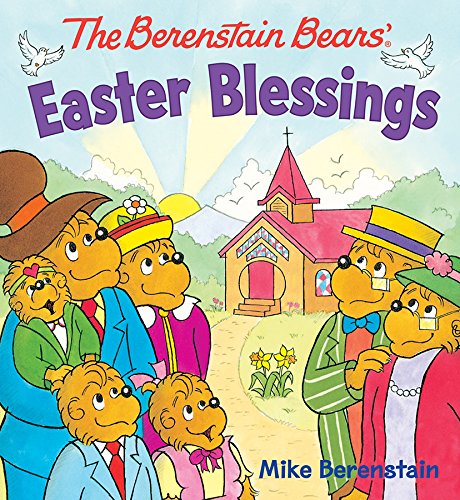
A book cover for The Berenstain Bears' Easter Blessings; Mike Berenstain; Children's Books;